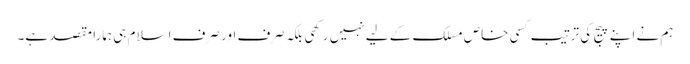
ہم نے اپنے پیج کی ترتیب کسی خاص مسلک کے لیے نہیں رکھی بلکہ صرف اور صرف اسلام ہی ہمارا مقصد ہے۔